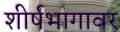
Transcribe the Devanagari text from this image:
शीर्षभागावर